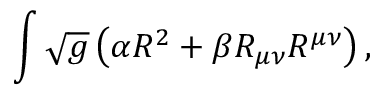
\int \sqrt { g } \left( \alpha R ^ { 2 } + \beta R _ { \mu \nu } R ^ { \mu \nu } \right) ,